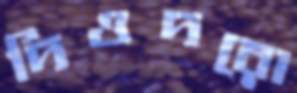
দিওদরো